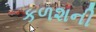
કળશની